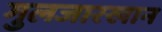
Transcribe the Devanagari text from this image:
गुलजारखान